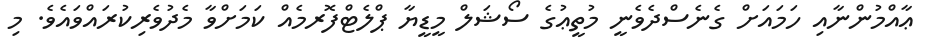
ޢާއްމުންނާއި ހަމައަށް ގެނެސްދެވެނީ މުތީޢުގެ ސޯޝަލް މީޑީޔާ ޕްލެޓްފޮރމެއް ކަމަށްވާ މެދުވެރިކުރައްވައެވެ. މި